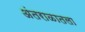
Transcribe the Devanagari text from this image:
अंतराळातला